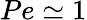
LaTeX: Pe\simeq 1